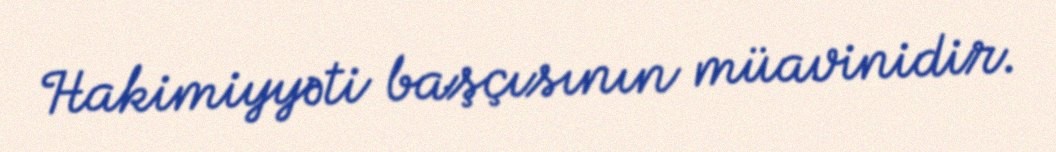
Hakimiyyəti başçısının müavinidir.